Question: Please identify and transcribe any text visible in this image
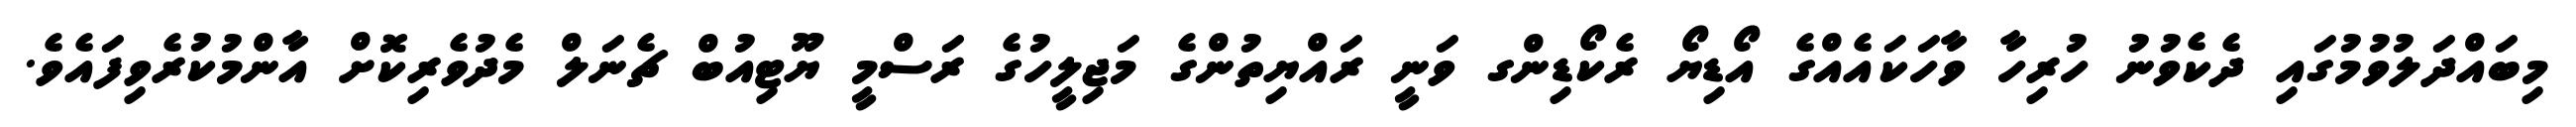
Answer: މިބައްދަލުވުމުގައި ދެކެވުނު ހުރިހާ ވާހަކައެއްގެ އޯޑިޔޯ ރެކޯޑިންގ ވަނީ ރައްޔިތުންގެ މަޖިލީހުގެ ރަސްމީ ޔޫޓިއުބް ޗެނަލް މެދުވެރިކޮށް އާންމުކުރެވިފައެވެ.